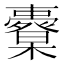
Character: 𣠀